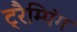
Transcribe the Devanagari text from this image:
ट्रैम्पिंग